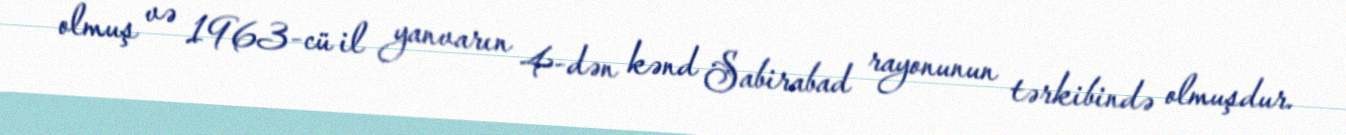
olmuş və 1963-cü il yanvarın 4-dən kənd Sabirabad rayonunun tərkibində olmuşdur.